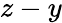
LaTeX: z-y